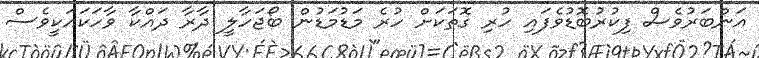
އަންބަރުވެސް ފިކުރުބޮޑުވެފައި ހުރި ގޮތަކަށް ހުރެ މަޑުމަޑުން ބޯޖަހާލީ ދާރާ ދައްކާ ވާހަކައަކީވެސް